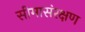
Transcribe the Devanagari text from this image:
सीमासंरक्षण